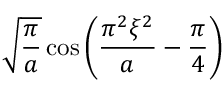
{ \sqrt { \frac { \pi } { a } } } \cos \left( { \frac { \pi ^ { 2 } \xi ^ { 2 } } { a } } - { \frac { \pi } { 4 } } \right)